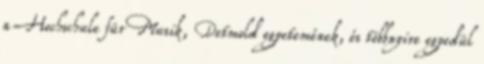
a Hochschule für Musik, Detmold egyetemének, és többnyire egyedül